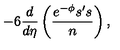
- 6 \frac { d } { d \eta } \left( \frac { e ^ { - \phi } s ^ { \prime } s } { n } \right) ,